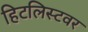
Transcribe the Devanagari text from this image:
हिटलिस्टवर